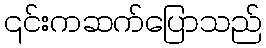
၎င်းကဆက်ပြောသည်